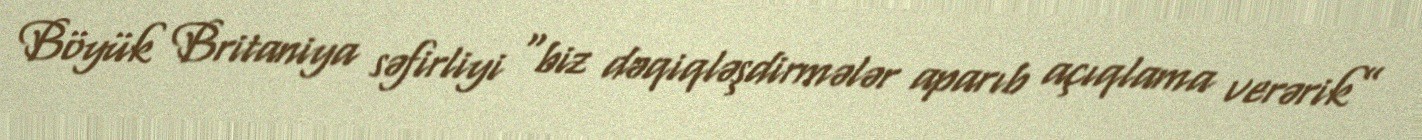
Böyük Britaniya səfirliyi “biz dəqiqləşdirmələr aparıb açıqlama verərik”